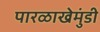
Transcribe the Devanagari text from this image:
पारळाखेमुंडी